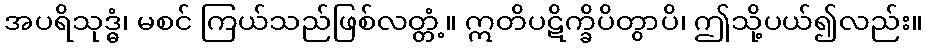
အပရိသုဒ္ဓံ၊ မစင် ကြယ်သည်ဖြစ်လတ္တံ့။ ဣတိပဋိက္ခိပိတွာပိ၊ ဤသို့ပယ်၍လည်း။